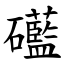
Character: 礷